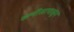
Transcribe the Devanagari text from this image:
कणीसापासून